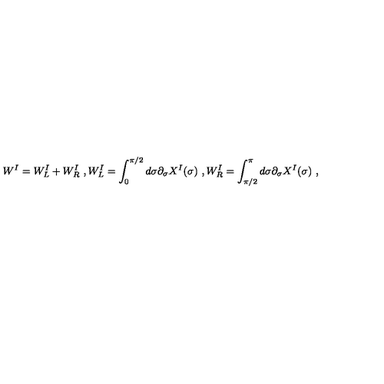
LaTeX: W ^ { I } = W _ { L } ^ { I } + W _ { R } ^ { I } \ , W _ { L } ^ { I } = \int _ { 0 } ^ { \pi / 2 } d \sigma \partial _ { \sigma } X ^ { I } ( \sigma ) \ , W _ { R } ^ { I } = \int _ { \pi / 2 } ^ { \pi } d \sigma \partial _ { \sigma } X ^ { I } ( \sigma ) \ ,